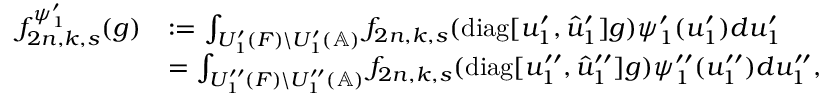
\begin{array} { r l } { f _ { 2 n , k , s } ^ { \psi _ { 1 } ^ { \prime } } ( g ) } & { : = \int _ { U _ { 1 } ^ { \prime } ( F ) \backslash U _ { 1 } ^ { \prime } ( \mathbb { A } ) } f _ { 2 n , k , s } ( \mathrm { d i a g } [ u _ { 1 } ^ { \prime } , \hat { u } _ { 1 } ^ { \prime } ] g ) \psi _ { 1 } ^ { \prime } ( u _ { 1 } ^ { \prime } ) d u _ { 1 } ^ { \prime } } \\ & { = \int _ { U _ { 1 } ^ { \prime \prime } ( F ) \backslash U _ { 1 } ^ { \prime \prime } ( \mathbb { A } ) } f _ { 2 n , k , s } ( \mathrm { d i a g } [ u _ { 1 } ^ { \prime \prime } , \hat { u } _ { 1 } ^ { \prime \prime } ] g ) \psi _ { 1 } ^ { \prime \prime } ( u _ { 1 } ^ { \prime \prime } ) d u _ { 1 } ^ { \prime \prime } , } \end{array}